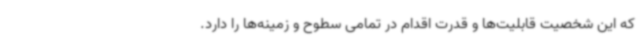
که این شخصیت قابلیت‌ها و قدرت اقدام در تمامی سطوح و زمینه‌ها را دارد.